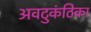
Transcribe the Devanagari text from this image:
अवटुकंठिका